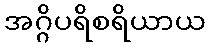
အဂ္ဂိပရိစရိယာယ